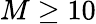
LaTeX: M\geq 10